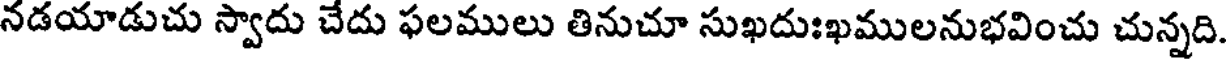
నడయాడుచు స్వాదు చేదు ఫలములు తినుచూ సుఖదుఃఖములనుభవించు చున్నది.